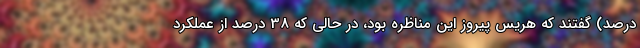
درصد) گفتند که هریس پیروز این مناظره بود، در حالی که 38 درصد از عملکرد